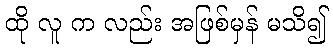
ထို လူ က လည်း အဖြစ်မှန် မသိ၍